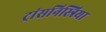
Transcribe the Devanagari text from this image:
ट्रांसनिस्त्रिया